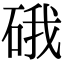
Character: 硪